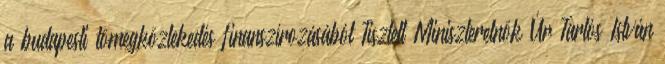
a budapesti tömegközlekedés finanszírozásából Tisztelt Miniszterelnök Úr Tarlós István